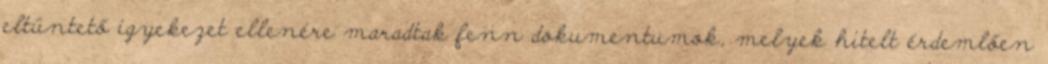
eltünte­tő igyekezet ellenére maradtak fenn dokumentumok, me­lyek hitelt érdemlően